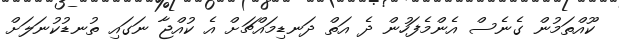
ކޫއްތަމުން ގެނެސް އެންމެފަހުން ދެ އަތް ދަނޑިމައްޗަށް އެ ކުއްޖާ ނަގައި ތުނޑުކުނަލަށް